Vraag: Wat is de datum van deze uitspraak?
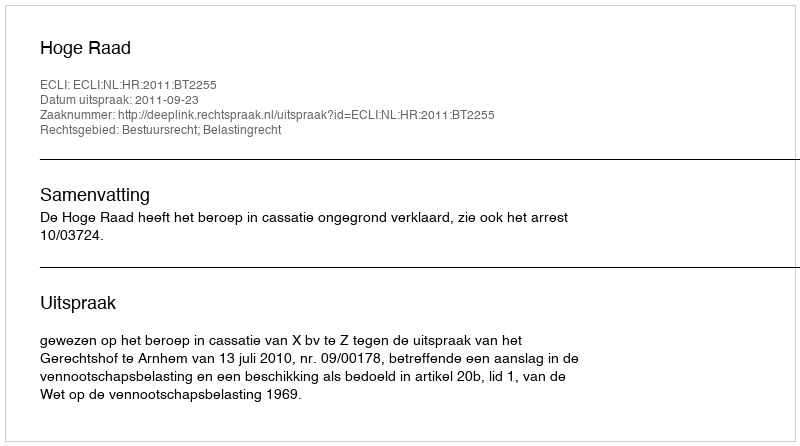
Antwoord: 2011-09-23